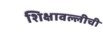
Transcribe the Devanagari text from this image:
शिक्षावल्लीची